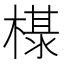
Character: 𰘖